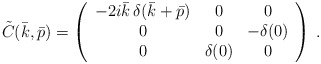
\begin{align*}\tilde C(\bar k,\bar p)=\left(\begin{array}{ccc}-2i\bar k\,\delta(\bar k+\bar p)&0&0\\0&0&-\delta(0)\\0&\delta(0)&0\end{array}\right)\,.\end{align*}